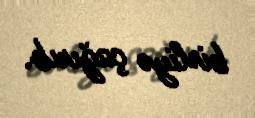
birliyə çağırıb.